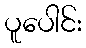
ပူပေါင်း